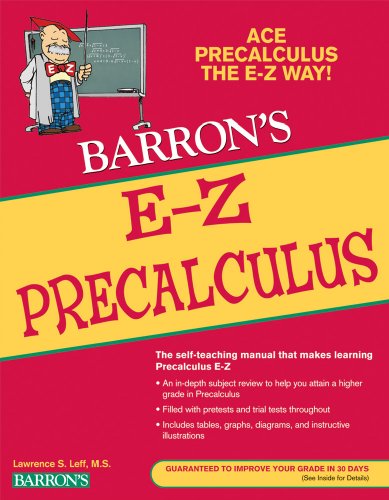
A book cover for Barron's E-Z Precalculus; Lawrence S. Leff; Science & Math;